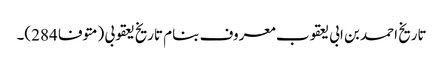
تاریخ احمد بن ابی یعقوب معروف بنام تاریخ یعقوبی (متوفا 284)۔